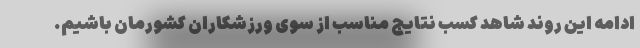
ادامه این روند شاهد کسب نتایج مناسب از سوی ورزشکاران کشورمان باشیم.